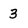
Character: 3